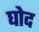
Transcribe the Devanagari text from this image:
घोद